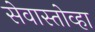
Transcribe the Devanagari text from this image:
सेवास्तोव्हा